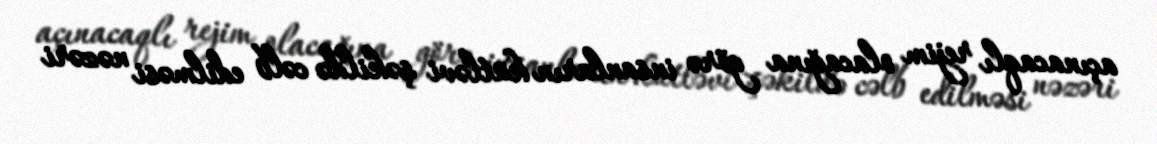
açınacaqlı rejim olacağına görə insanların kütləvi şəkildə cəlb edilməsi nəzəri